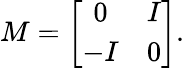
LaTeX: M=\left[\begin{array}{cc}{{0}}&{{I}}\\ {{-I}}&{{0}}\end{array}\right].